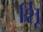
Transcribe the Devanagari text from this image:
शूि